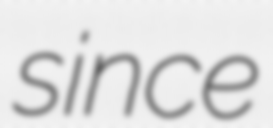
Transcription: since